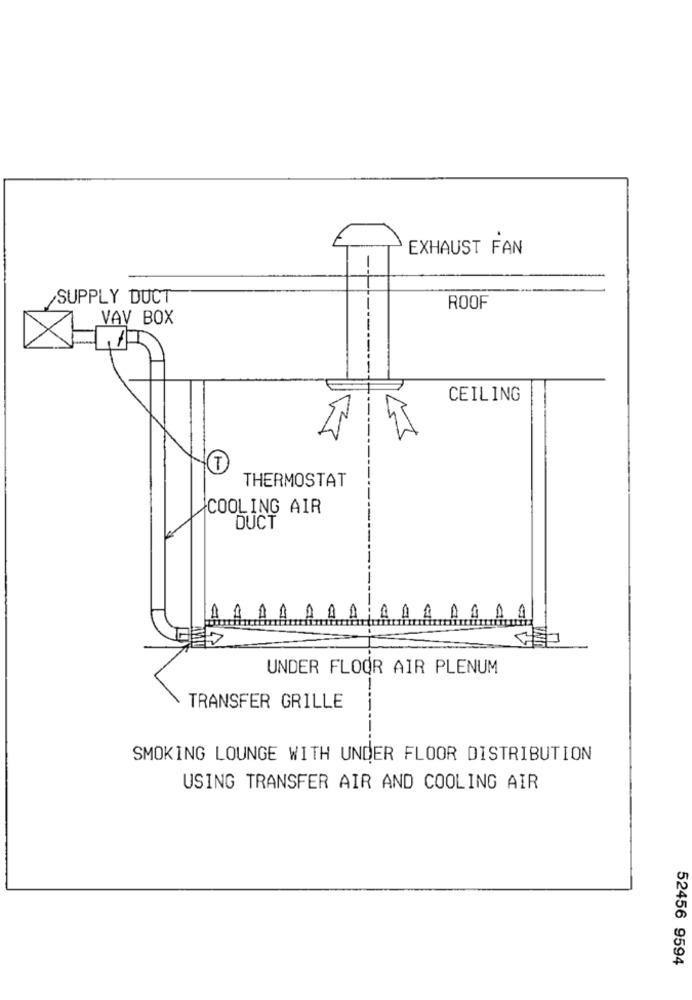
EXHAUST FAN
-
SUPPLY DUCT
ROOF
VAV BOX
CEILING
(T
THERMOSTAT
COOLING AIR
DUCT
UNDER FLOOR AIR PLENUM
TRANSFER GRILLE
-----
SMOKING LOUNGE WITH UNDER FLOOR DISTRIBUTION
USING TRANSFER AIR AND COOLING AIR
52456 9594